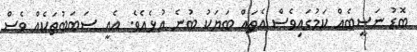
ބޮޑު ނަސީބެއް ކަމުގައިވެސް އެތައް ބަޔަކު ބުނެ އުޅެއެވެ. އެއީ ސަބަބުތަކެއް ވެސް